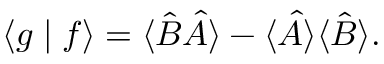
\langle g \mid f \rangle = \langle { \hat { B } } { \hat { A } } \rangle - \langle { \hat { A } } \rangle \langle { \hat { B } } \rangle .